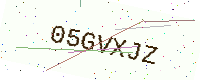
Text: 05GVXJZ